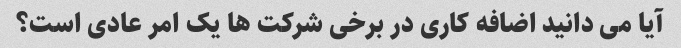
آیا می دانید اضافه کاری در برخی شرکت ها یک امر عادی است؟